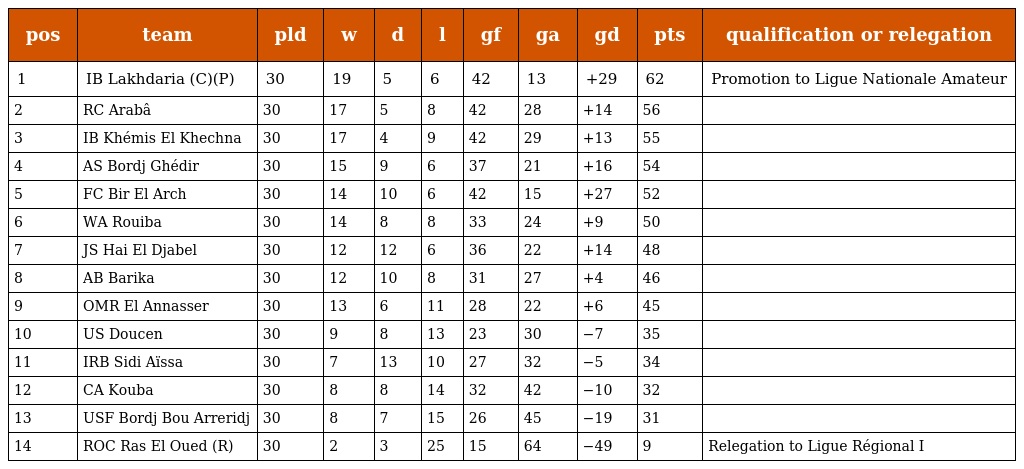
| pos | team | pld | w | d | l | gf | ga | gd | pts | qualification or relegation |
 | --- | --- | --- | --- | --- | --- | --- | --- | --- | --- | --- |
 | 1 | IB Lakhdaria (C)(P) | 30 | 19 | 5 | 6 | 42 | 13 | +29 | 62 | Promotion to Ligue Nationale Amateur |
 | 2 | RC Arabâ | 30 | 17 | 5 | 8 | 42 | 28 | +14 | 56 |  |
 | 3 | IB Khémis El Khechna | 30 | 17 | 4 | 9 | 42 | 29 | +13 | 55 |  |
 | 4 | AS Bordj Ghédir | 30 | 15 | 9 | 6 | 37 | 21 | +16 | 54 |  |
 | 5 | FC Bir El Arch | 30 | 14 | 10 | 6 | 42 | 15 | +27 | 52 |  |
 | 6 | WA Rouiba | 30 | 14 | 8 | 8 | 33 | 24 | +9 | 50 |  |
 | 7 | JS Hai El Djabel | 30 | 12 | 12 | 6 | 36 | 22 | +14 | 48 |  |
 | 8 | AB Barika | 30 | 12 | 10 | 8 | 31 | 27 | +4 | 46 |  |
 | 9 | OMR El Annasser | 30 | 13 | 6 | 11 | 28 | 22 | +6 | 45 |  |
 | 10 | US Doucen | 30 | 9 | 8 | 13 | 23 | 30 | −7 | 35 |  |
 | 11 | IRB Sidi Aïssa | 30 | 7 | 13 | 10 | 27 | 32 | −5 | 34 |  |
 | 12 | CA Kouba | 30 | 8 | 8 | 14 | 32 | 42 | −10 | 32 |  |
 | 13 | USF Bordj Bou Arreridj | 30 | 8 | 7 | 15 | 26 | 45 | −19 | 31 |  |
 | 14 | ROC Ras El Oued (R) | 30 | 2 | 3 | 25 | 15 | 64 | −49 | 9 | Relegation to Ligue Régional I |